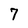
Character: 7